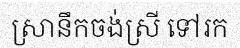
ស្រានឹកចង់ស្រី ទៅរក